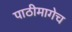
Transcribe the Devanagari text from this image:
पाठीमागेच